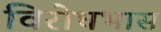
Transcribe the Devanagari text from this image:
विरोधभास